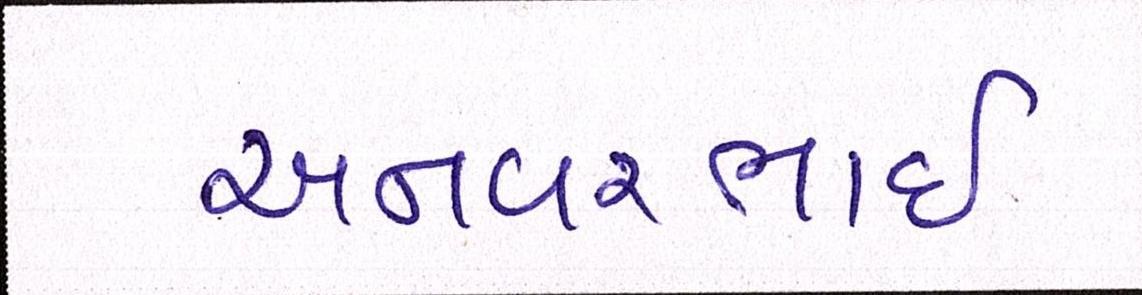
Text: અનવરભાઈ